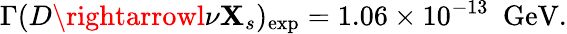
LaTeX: \Gamma(D\rightarrowl\nu\mathbf{X}_{s})_{\mathrm{{exp}}}=1.06\times10^{-13}\, \, \, \mathrm{{GeV}}.